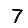
Digit: 7